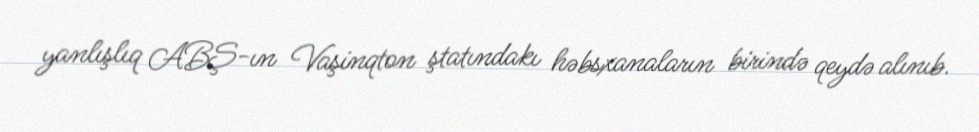
yanlışlıq ABŞ-ın Vaşinqton ştatındakı həbsxanaların birində qeydə alınıb.